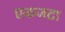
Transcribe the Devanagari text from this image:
एकजटा